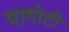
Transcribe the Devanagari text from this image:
पागोटी